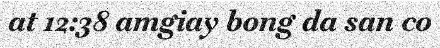
at 12:38 amgiay bong da san co